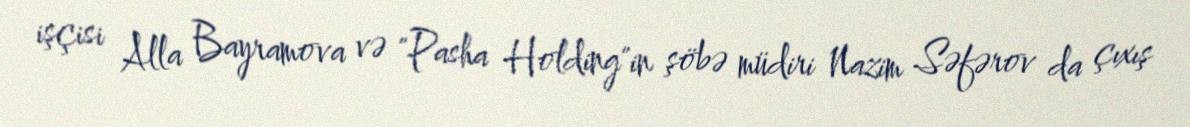
işçisi Alla Bayramova və "Pasha Holding"in şöbə müdiri Nazim Səfərov da çıxış